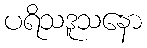
ပရိသဒူသနော